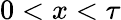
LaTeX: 0<x<\tau